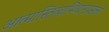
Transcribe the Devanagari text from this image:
आत्मास्तित्वाभिधानप्रसक्तौ